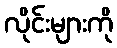
လိုင်းများကို